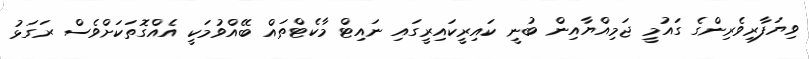
ވިޔަފާރިވެރިންގެ ގައުމީ ޖަމިއްޔާއިން ބުނީ ކައިރީކައިރީގައި ނައިޓް މާކެޓްތައް ބޭއްވުމަކީ އެއްގޮތަކަށްވެސް ރަގަޅު